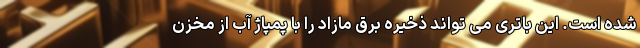
شده است. این باتری می تواند ذخیره برق مازاد را با پمپاژ آب از مخزن